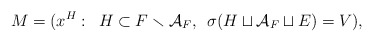
\begin{align*}M = (x^H: \enskip H \subset F \smallsetminus \mathcal{A}_F, \enskip \sigma(H \sqcup \mathcal{A}_F \sqcup E) = V),\end{align*}